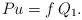
LaTeX: \begin{align*}P u=f \,Q_1.\end{align*}